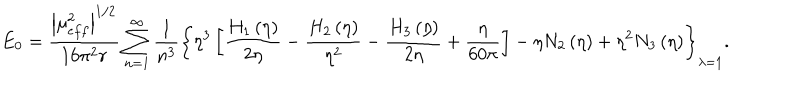
LaTeX: E _ { 0 } = \frac { \left| \mu _ { e f f } ^ { 2 } \right| ^ { 1 / 2 } } { 1 6 \pi ^ { 2 } r } \sum _ { n = 1 } ^ { \infty } \frac { 1 } { n ^ { 3 } } \left\{ \eta ^ { 3 } \left[ \frac { H _ { 1 } \left( \eta \right) } { 2 \eta } - \frac { H _ { 2 } \left( \eta \right) } { \eta ^ { 2 } } - \frac { H _ { 3 } \left( \eta \right) } { 2 \eta } + \frac { \eta } { 6 0 \pi } \right] - \eta N _ { 2 } \left( \eta \right) + \eta ^ { 2 } N _ { 3 } \left( \eta \right) \right\} _ { \lambda = 1 } .